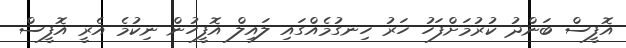
އޮފީސް ބަންދު ކުރުމަށްފަހު ހަރު ހިނގުމެއްގައި ލައިލް އޮފީހުން ނިކުމެ އެރީ އޮފީސް